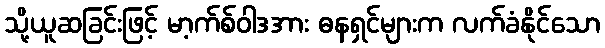
သို့ယူဆခြင်းဖြင့် မာ့က်စ်ဝါဒအား ဓနရှင်များက လက်ခံနိုင်သော